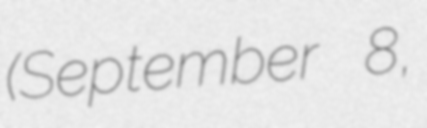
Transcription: (September 8,